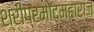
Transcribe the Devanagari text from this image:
श्रीप्रमोदमहाराज